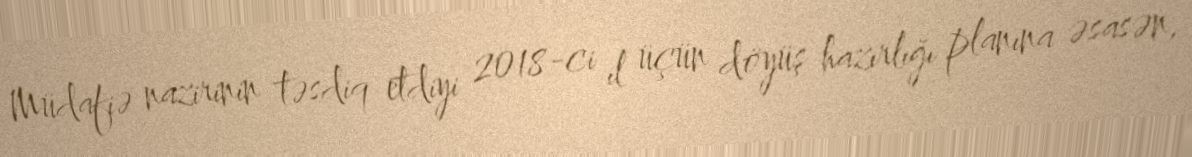
Müdafiə nazirinin təsdiq etdiyi 2018-ci il üçün döyüş hazırlığı planına əsasən,